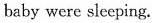
baby were sleeping.